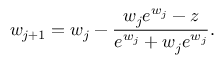
w _ { j + 1 } = w _ { j } - { \frac { w _ { j } e ^ { w _ { j } } - z } { e ^ { w _ { j } } + w _ { j } e ^ { w _ { j } } } } .